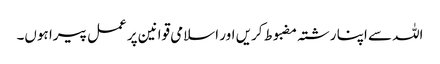
اللہ سے اپنا رشتہ مضبوط کریں اور اسلامی قوانین پر عمل پیرا ہوں۔